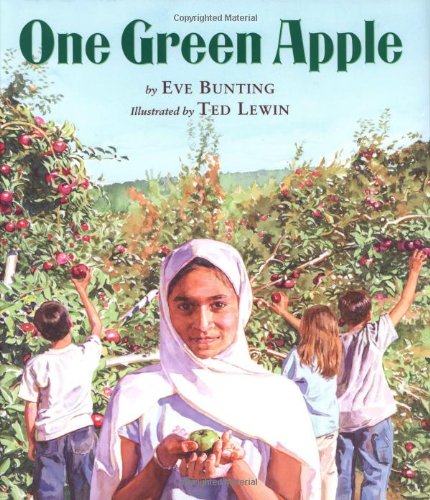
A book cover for One Green Apple; Eve Bunting; Children's Books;